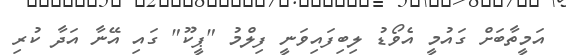
އަމީތާބަށް ގައުމީ އެވޯޑު ލިބިފައިވަނީ ފިލްމު "ޕީކޫ" ގައި އޭނާ އަދާ ކުރި